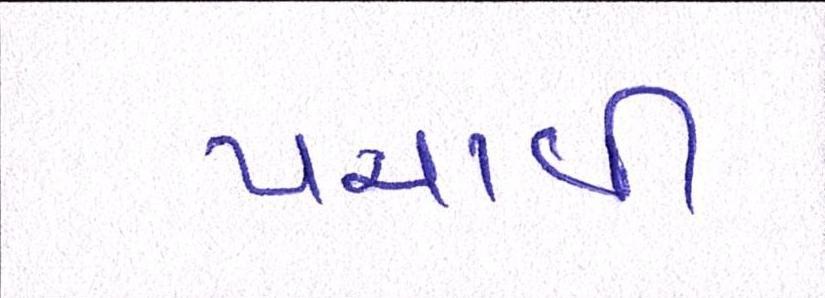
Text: પચાવી